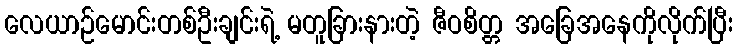
လေယာဉ်မောင်းတစ်ဦးချင်းရဲ့ မတူခြားနားတဲ့ ဇီဝစိတ္တ အခြေအနေကိုလိုက်ပြီး